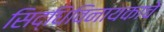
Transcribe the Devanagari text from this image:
सिद्धिविनायकाचे